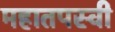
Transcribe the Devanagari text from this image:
महातपस्वी